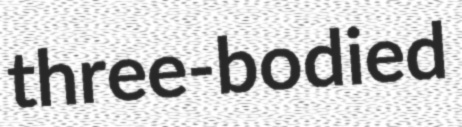
three-bodied